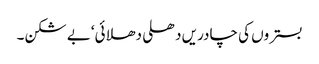
بستروں کی چادریں دھلی دھلائی‘بے شکن۔